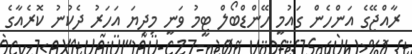
ރާއްޖޭގެ އަންހެން ގައުމީ ހޭންޑްބޯލް ޓީމު ވަނީ މިދިޔަ އަހަރު ދެކުނު ކޮރެއާގެ